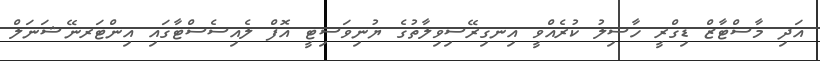
އަދި މާސްޓާޒް ޑިގްރީ ހާސިލު ކުރެއްވީ އިނގިރޭސިވިލާތުގެ ޔުނިވަސިޓީ އޮފް ލެއިސެސްޓާގައި އިންޓަރނޭޝަނަލް